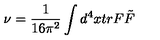
\nu = \frac { 1 } { 1 6 \pi ^ { 2 } } \int d ^ { 4 } x t r F \tilde { F }